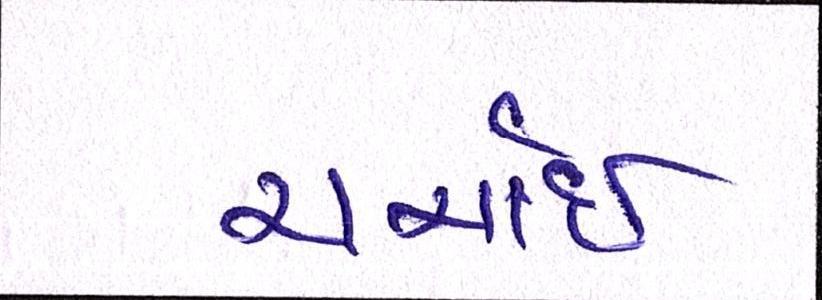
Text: ચર્ચાઇ